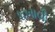
ધખાવી